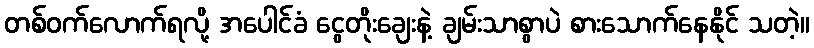
တစ်ဝက်လောက်ရလို့ အပေါင်ခံ ငွေတိုးချေးနဲ့ ချမ်းသာစွာပဲ စားသောက်နေနိုင် သတဲ့။